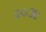
૨૦૩૪